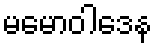
မမောဝါဒေန